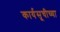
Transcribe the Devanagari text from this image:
कार्यसूचीच्या